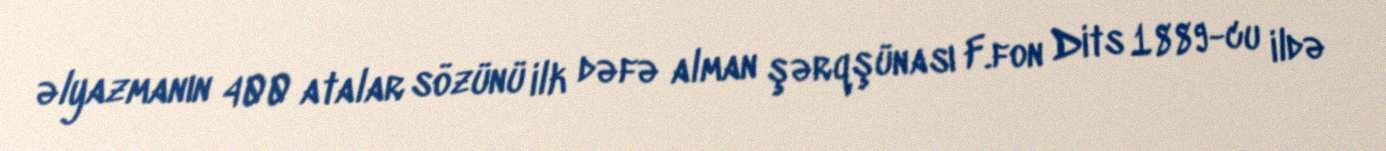
əlyazmanın 400 atalar sözünü ilk dəfə alman şərqşünası F.fon Dits 1889-cu ildə